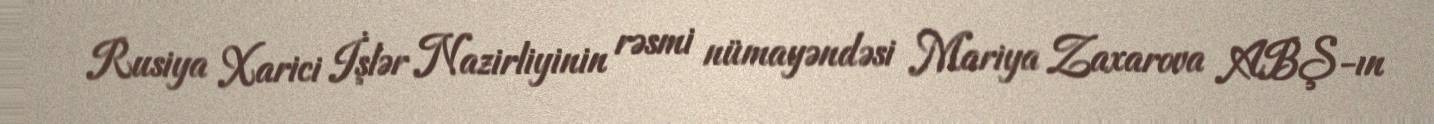
Rusiya Xarici İşlər Nazirliyinin rəsmi nümayəndəsi Mariya Zaxarova ABŞ-ın